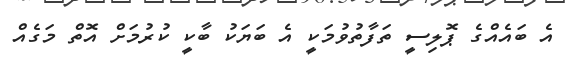
އެ ބައެއްގެ ޕޮލިސީ ތަފާތުވުމަކީ އެ ބަޔަކު ބާކީ ކުރުމަށް އޮތް މަގެއް